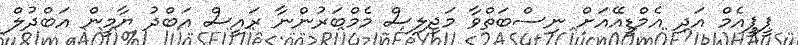
ޕީޕީއެމް އަދި އެމްޑީއޭއަށް ނިސްބަތްވާ މަޖިލިސް މެމްބަރުންނާ ރައީސް އަބްދު ޔާމީން އަބްދުލް